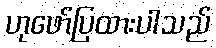
ဟုဖော်ပြထားပါသည်